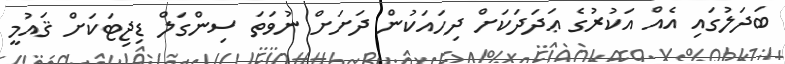
ބަދަލުގައި އެއް އަކުރުގެ ޢަދަދަކަށް ދިހައަކުން ދަށަށް ނުވަތަ ސިންގަލް ޑިޖިޓަކަށް ޤައުމީ